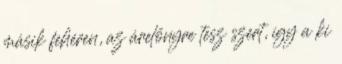
másik fehéren, az árelőnyre tesz szert, így a ki